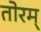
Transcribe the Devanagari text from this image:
तोरम्